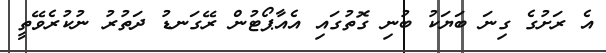
އެ ރަށުގެ ގިނަ ބަޔަކު ބުނި ގޮތުގައި އެއާޕޯޓުން ރޭގަނޑު ދަތުރު ނުކުރެވޭތީ